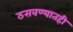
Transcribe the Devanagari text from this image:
ठसवण्यातही